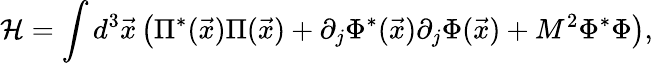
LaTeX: {\cal H}=\int d^{3}{\vec{x}}\left(\Pi^{*}({\vec{x}})\Pi({\vec{x}})+\partial_{j}\Phi^{*}({\vec{x}})\partial_{j}\Phi({\vec{x}})+M^{2}\Phi^{*}\Phi\right),